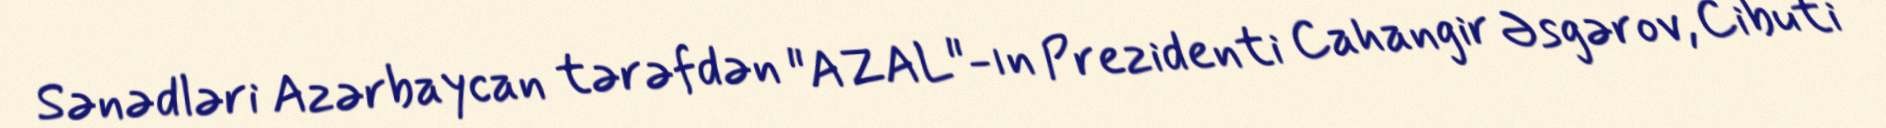
Sənədləri Azərbaycan tərəfdən "AZAL"-ın Prezidenti Cahangir Əsgərov, Cibuti